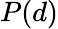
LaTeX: P(d)